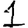
Digit: 1